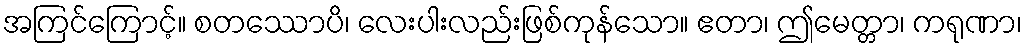
အကြင်ကြောင့်။ စတဿောပိ၊ လေးပါးလည်းဖြစ်ကုန်သော။ ဧတာ၊ ဤမေတ္တာ၊ ကရုဏာ၊